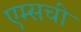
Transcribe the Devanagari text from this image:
एम्सची